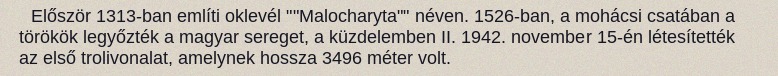
Először 1313-ban említi oklevél ""Malocharyta"" néven. 1526-ban, a mohácsi csatában a törökök legyőzték a magyar sereget, a küzdelemben II. 1942. november 15-én létesítették az első trolivonalat, amelynek hossza 3496 méter volt.